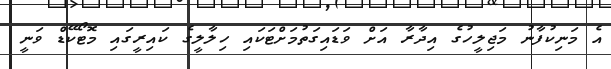
އެ މަނިކުފާނު މަޖިލީހުގެ އިދާރާ އަށް ވަޑައިގަތުމަށްޓަކައި ހިލާލީގެ ކައިރީގައި މޮޓޯކޭޑް ވަނީ